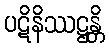
ပဋိနိဿဋ္ဌန္တိ